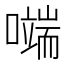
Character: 𭋬